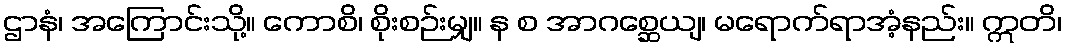
ဌာနံ၊ အကြောင်းသို့။ ကောစိ၊ စိုးစဉ်းမျှ။ န စ အာဂစ္ဆေယျ၊ မရောက်ရာအံ့နည်း။ ဣတိ၊